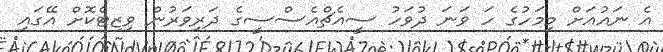
އެ ނައުއަށް މިމަހުގެ ހަ ވަނަ ދުވަހު ސީއެޗްއެސްސީގެ ދަރިވަރުން ވިޒިޓްކޮށް އޭގައި